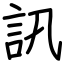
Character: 訊